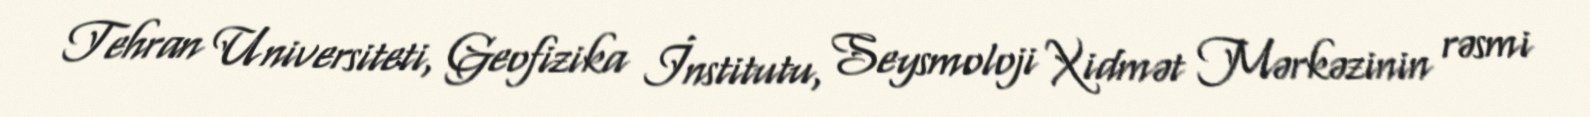
Tehran Universiteti, Geofizika İnstitutu, Seysmoloji Xidmət Mərkəzinin rəsmi